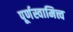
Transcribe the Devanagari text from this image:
पूर्णस्वामित्त्व